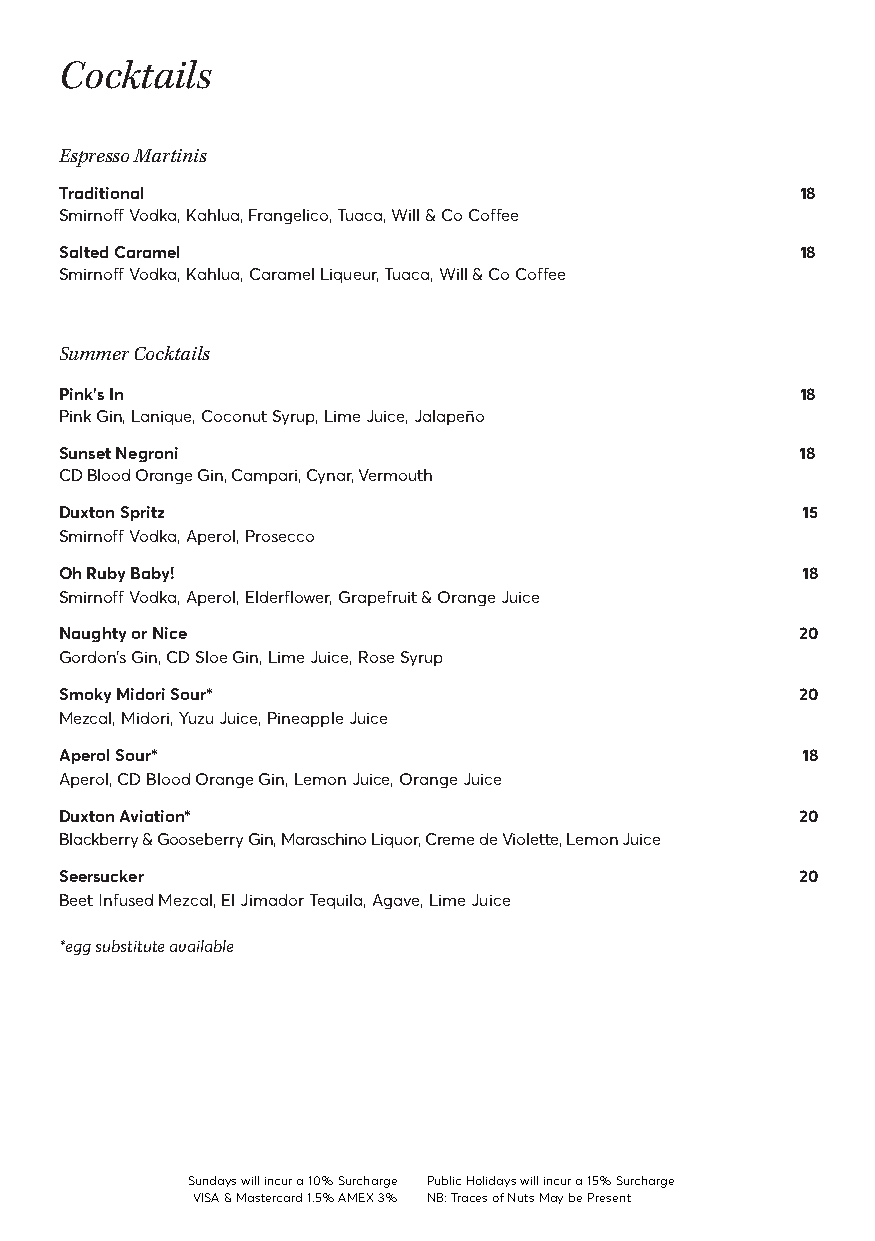
Cocktails
 Espresso Martinis
 Traditional                                      18
 Smirnoff Vodka, Kahlua, Frangelico, Tuaca, Will & Co Coffee
 Salted Caramel                                   18
 Smirnoff Vodka, Kahlua, Caramel Liqueur, Tuaca, Will & Co Coffee
 Summer Cocktails
 Pink’s In                                        18
 Pink Gin, Lanique, Coconut Syrup, Lime Juice, Jalapeño
 Sunset Negroni                                   18
 CD Blood Orange Gin, Campari, Cynar, Vermouth
 Duxton Spritz                                    15
 Smirnoff Vodka, Aperol, Prosecco
 Oh Ruby Baby!                                    18
 Smirnoff Vodka, Aperol, Elderflower, Grapefruit & Orange Juice
 Naughty or Nice                                  20
 Gordon’s Gin, CD Sloe Gin, Lime Juice, Rose Syrup
 Smoky Midori Sour*                               20
 Mezcal, Midori, Yuzu Juice, Pineapple Juice
 Aperol Sour*                                     18
 Aperol, CD Blood Orange Gin, Lemon Juice, Orange Juice
 Duxton Aviation*                                 20
 Blackberry & Gooseberry Gin, Maraschino Liquor, Creme de Violette, Lemon Juice
 Seersucker                                       20
 Beet Infused Mezcal, El Jimador Tequila, Agave, Lime Juice
 *egg substitute available
 Sundays will incur a 10% Surcharge Public Holidays will incur a 15% Surcharge
 VISA & Mastercard 1.5% AMEX 3% NB: Traces of Nuts May be Present